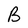
Character: B